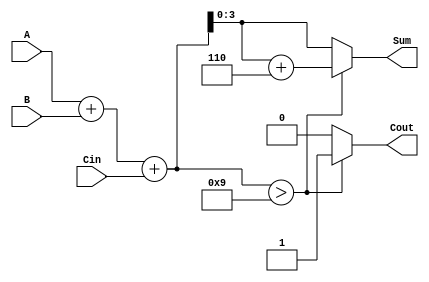
module BCD_Ripple_Carry_Adder (
    input [3:0] A,      // First BCD digit
    input [3:0] B,      // Second BCD digit
    input Cin,          // Carry input
    output reg [3:0] Sum, // BCD sum output
    output reg Cout      // Carry output
);

    wire [4:0] binary_sum; // 5-bit to accommodate carry from addition
    wire [3:0] corrected_sum; // Corrected sum after BCD adjustment

    // Step 1: Perform binary addition
    assign binary_sum = A + B + Cin;

    // Step 2: Check if the binary sum exceeds 9 (1001)
    always @(*) begin
        if (binary_sum > 4'b1001) begin
            // Apply the BCD correction by adding 6 (0110)
            Sum = binary_sum + 4'b0110;
            Cout = 1; // Set carry output
        end else begin
            Sum = binary_sum[3:0]; // Use lower 4 bits if no correction needed
            Cout = 0; // No carry output
        end
    end

endmodule